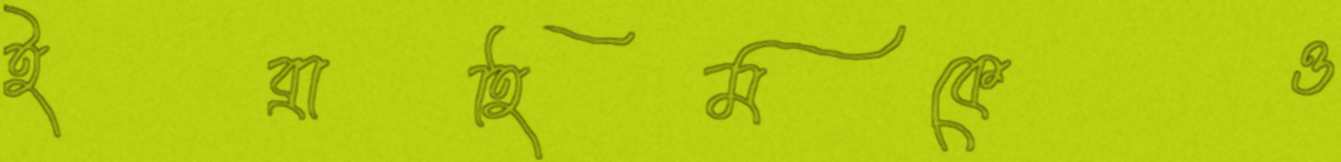
ইব্রাহিমকেও